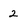
Character: 2